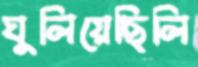
ঘুলিয়েছিলি